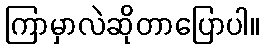
ကြာမှာလဲဆိုတာပြောပါ။